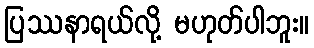
ပြဿနာရယ်လို့ မဟုတ်ပါဘူး။